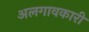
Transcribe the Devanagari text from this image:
अलगावकारी